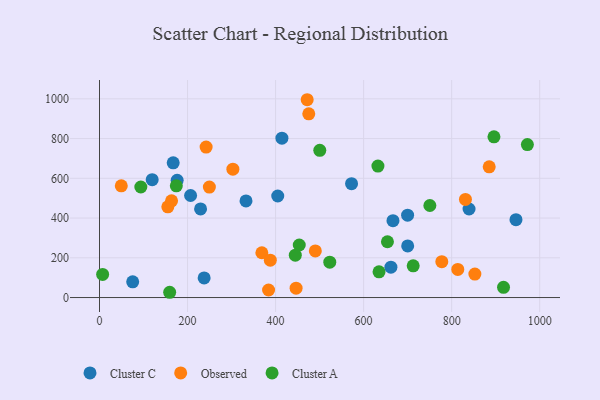
{"axis": {"x": "Engine Size", "y": "Profit"}, "legend": ["Cluster A", "Cluster C", "Observed"], "data": [{"x": "946.1", "y": 392.1, "type": "Cluster C"}, {"x": "404.9", "y": 511.1, "type": "Cluster C"}, {"x": "119.7", "y": 593.3, "type": "Cluster C"}, {"x": "229.6", "y": 446.1, "type": "Cluster C"}, {"x": "699.9", "y": 414.7, "type": "Cluster C"}, {"x": "572.6", "y": 572.8, "type": "Cluster C"}, {"x": "167.4", "y": 678.2, "type": "Cluster C"}, {"x": "176.4", "y": 590.0, "type": "Cluster C"}, {"x": "206.9", "y": 513.4, "type": "Cluster C"}, {"x": "666.7", "y": 386.6, "type": "Cluster C"}, {"x": "237.7", "y": 98.7, "type": "Cluster C"}, {"x": "700.1", "y": 259.6, "type": "Cluster C"}, {"x": "414.4", "y": 802.2, "type": "Cluster C"}, {"x": "75.4", "y": 79.0, "type": "Cluster C"}, {"x": "662.0", "y": 152.8, "type": "Cluster C"}, {"x": "332.8", "y": 486.4, "type": "Cluster C"}, {"x": "839.5", "y": 445.5, "type": "Cluster C"}, {"x": "777.6", "y": 180.6, "type": "Observed"}, {"x": "242.2", "y": 757.2, "type": "Observed"}, {"x": "155.2", "y": 456.4, "type": "Observed"}, {"x": "249.6", "y": 555.7, "type": "Observed"}, {"x": "471.8", "y": 995.5, "type": "Observed"}, {"x": "49.5", "y": 562.1, "type": "Observed"}, {"x": "852.7", "y": 118.3, "type": "Observed"}, {"x": "813.9", "y": 141.4, "type": "Observed"}, {"x": "490.3", "y": 234.6, "type": "Observed"}, {"x": "368.8", "y": 225.5, "type": "Observed"}, {"x": "475.4", "y": 924.3, "type": "Observed"}, {"x": "831.3", "y": 493.9, "type": "Observed"}, {"x": "446.6", "y": 47.1, "type": "Observed"}, {"x": "163.7", "y": 486.6, "type": "Observed"}, {"x": "303.0", "y": 645.8, "type": "Observed"}, {"x": "885.3", "y": 657.6, "type": "Observed"}, {"x": "388.0", "y": 188.0, "type": "Observed"}, {"x": "384.1", "y": 38.0, "type": "Observed"}, {"x": "453.8", "y": 264.3, "type": "Cluster A"}, {"x": "917.8", "y": 51.2, "type": "Cluster A"}, {"x": "500.4", "y": 741.0, "type": "Cluster A"}, {"x": "523.1", "y": 178.2, "type": "Cluster A"}, {"x": "632.5", "y": 661.6, "type": "Cluster A"}, {"x": "444.8", "y": 213.0, "type": "Cluster A"}, {"x": "93.9", "y": 556.4, "type": "Cluster A"}, {"x": "7.1", "y": 116.4, "type": "Cluster A"}, {"x": "896.1", "y": 808.9, "type": "Cluster A"}, {"x": "972.0", "y": 769.6, "type": "Cluster A"}, {"x": "750.5", "y": 463.1, "type": "Cluster A"}, {"x": "712.6", "y": 159.5, "type": "Cluster A"}, {"x": "159.4", "y": 26.5, "type": "Cluster A"}, {"x": "174.5", "y": 562.1, "type": "Cluster A"}, {"x": "654.1", "y": 280.7, "type": "Cluster A"}, {"x": "635.0", "y": 129.3, "type": "Cluster A"}]}